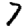
Digit: 7